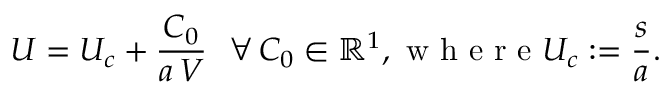
U = U _ { c } + \frac { C _ { 0 } } { a \, V } \ \ \forall \, C _ { 0 } \in \mathbb { R } ^ { 1 } , \mathrm { ~ w ~ h ~ e ~ r ~ e ~ } U _ { c } : = \frac { s } { a } .